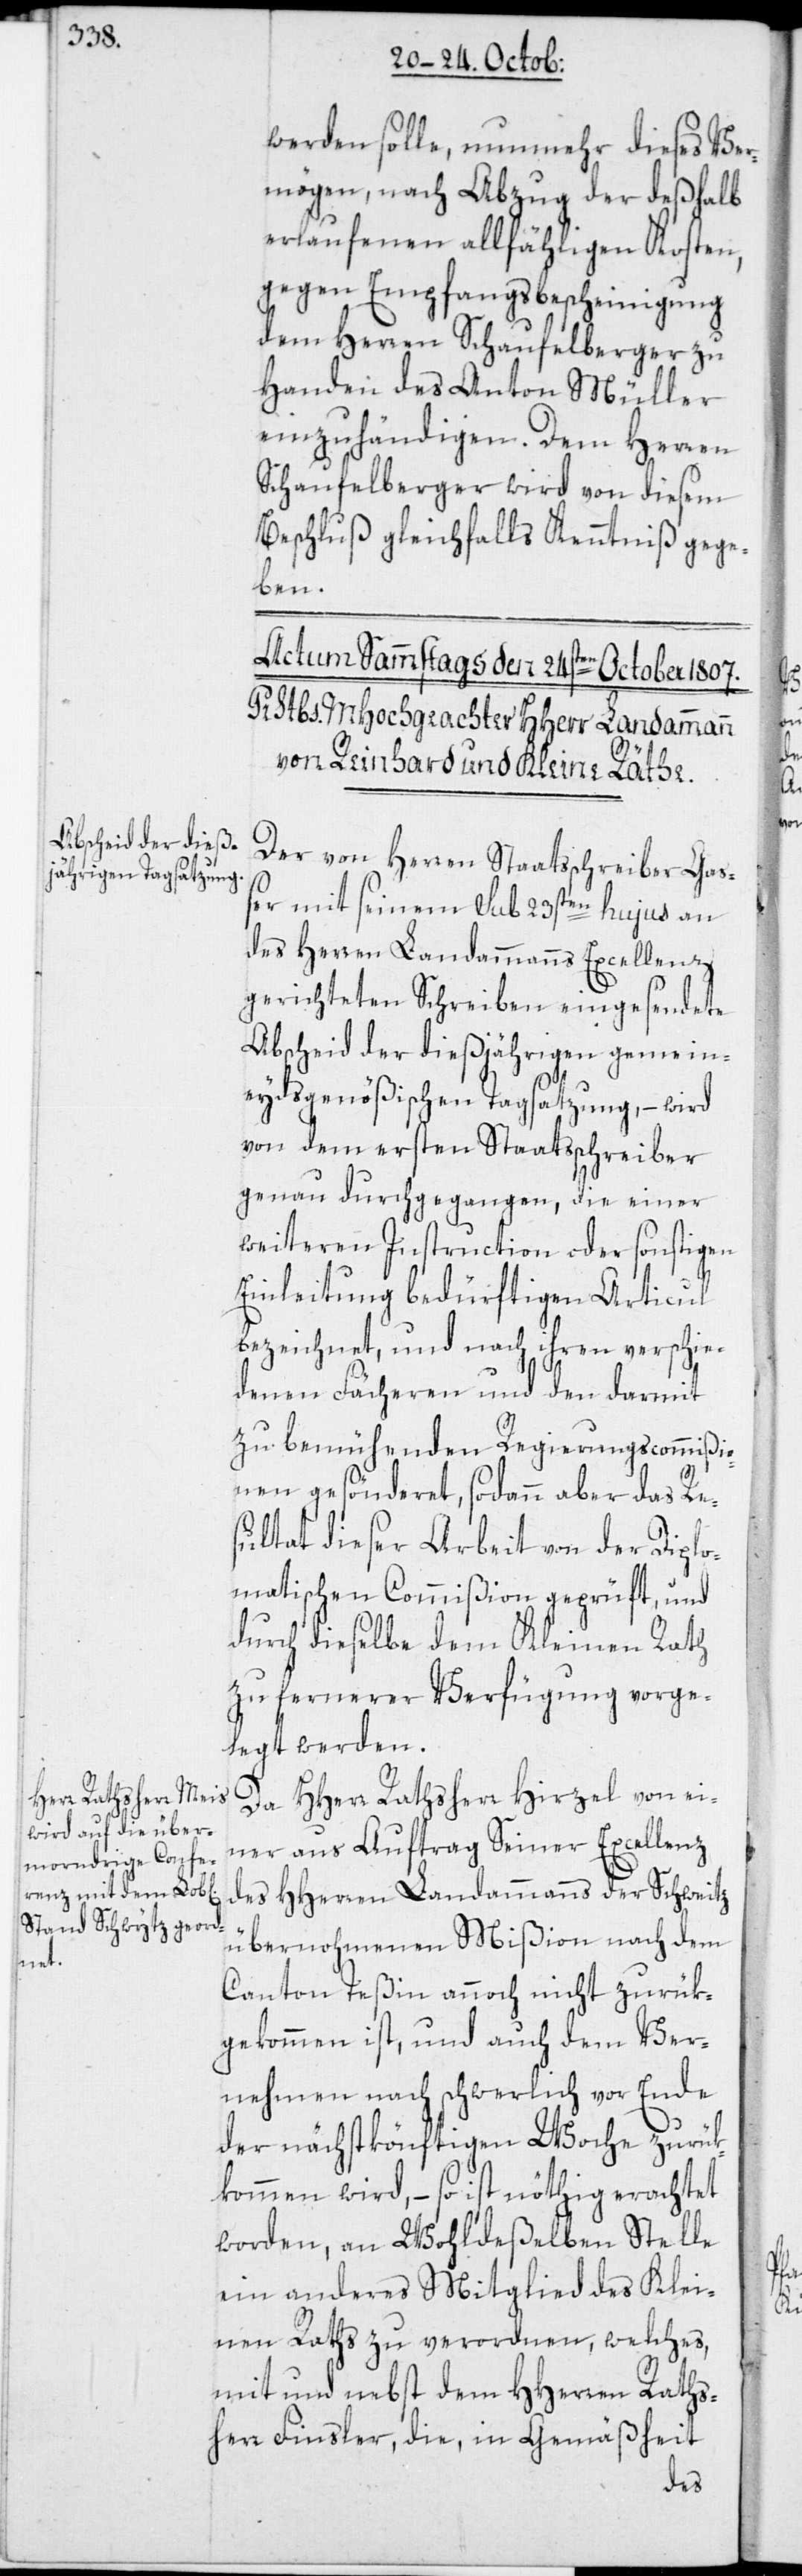
werden solle, nunmehr dieses Ver¬
mögen, nach Abzug der deßhalb
erlaufenen allfähligen Kosten,
gegen Empfangsbescheinigung
dem Herren Schaufelberger zu
Handen des Anton Müller
einzuhändigen. Dem Herren
Schaufelberger wird von diesem
Beschluß gleichfalls Kenntniß gege¬
ben.
Der von Herren Staatsschreiber Ga¬
ßer mit seinem sub 23sten hujus an
des Herren Landammanns Excellenz
gerichteten Schreiben eingesendete
Abscheid der dießjährigen gemein¬
eydsgenößischen Tagsatzung, – wird
von dem ersten Staatsschreiber
genau durchgegangen, die einer
weiteren Instruction oder sonstigen
Einleitung bedürftigen Articul
bezeichnet, und nach ihren verschie¬
denen Fächeren und den darmit
zu bemühenden Regierungscommißi¬
onen gesönderet, sodann aber das Re¬
sultat dieser Arbeit von der Diplo¬
matischen Commißion geprüft, und
durch dieselbe dem Kleinen Rath
zu fernerer Verfügung vorge¬
legt werden.
Da HHerr Rathsherr Hirzel von ei¬
ner aus Auftrag Seiner Excellenz
des HHerren Landammanns der Schweitz
übernohmenen Mißion nach dem
Canton Teßin annoch nicht zurük¬
gekommen ist, und auch dem Ver¬
nehmen nach schwerlich vor Ende
der nächstkönftigen Woche zurük¬
kommen wird, – so ist nöthig erachtet
worden, an Wohldeßelben Stelle
ein anderes Mitglied des Klei¬
nen Raths zu verordnen, welches,
mit und nebst dem HHerren Raths¬
herr Finsler, die, in Gemäßheit